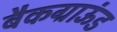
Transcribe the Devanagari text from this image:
बैकग्राऊंड